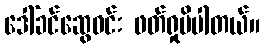
ဒေါ်ခင်ဆွေဝင်း ဖတ်ရှုမိပါတယ်။